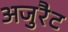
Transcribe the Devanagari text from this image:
अजुरैट